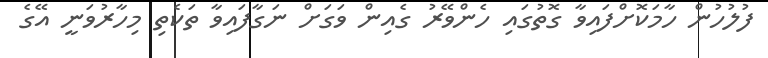
ފުލުހުން ހާމަކޮށްފައިވާ ގޮތުގައި ހެންވޭރު ގެއިން ވަގަށް ނަގާފައިވާ ތަކެތި މިހާރުވަނީ އޭގެ